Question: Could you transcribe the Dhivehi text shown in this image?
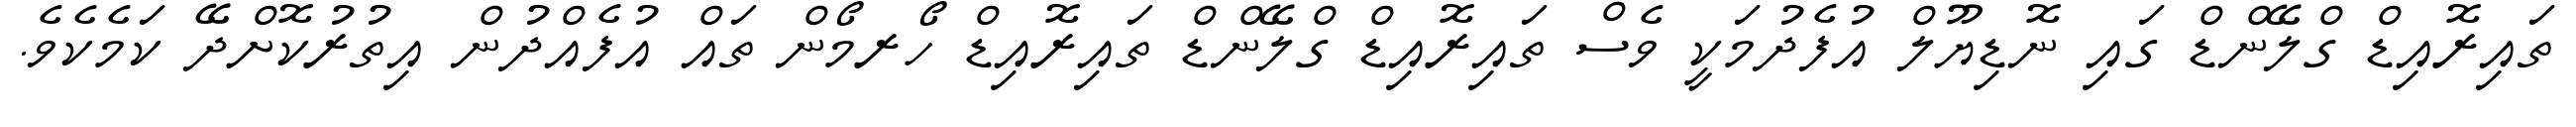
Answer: ތައިރޮއިޑް ގްލޭންޑް ގައި ނޮޑިޔޫލް އުފެދުމަކީ ވެސް ތައިރޮއިޑް ގްލޭންޑް ތައިރޮއިޑް ހޯރމޯން ތައް އުފެއްދުން އިތުރުކޮށްދޭ ކަމެކެވެ.